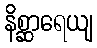
နိစ္ဆာရေယျ